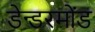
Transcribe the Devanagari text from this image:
डेन्डरमोंड